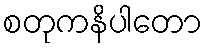
စတုကနိပါတော